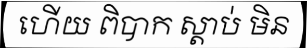
ហើយ ពិបាក ស្តាប់ មិន